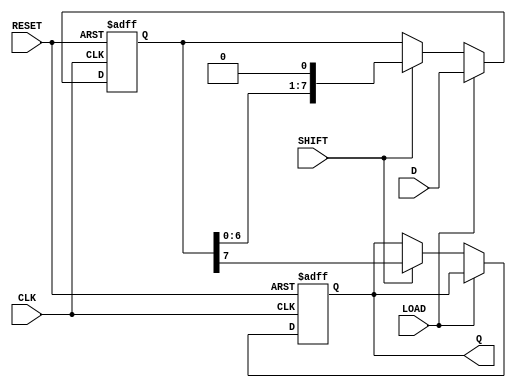
module PISO_Register #(
    parameter WIDTH = 8 // Parameter defining the width of the data input
)(
    input wire [WIDTH-1:0] D,    // Parallel input data bus
    input wire LOAD,              // Load control signal
    input wire SHIFT,             // Shift control signal
    input wire CLK,               // Clock signal
    input wire RESET,             // Asynchronous reset signal
    output reg Q                 // Serial output
);

    reg [WIDTH-1:0] shift_reg;    // Shift register array

    always @(posedge CLK or posedge RESET) begin
        if (RESET) begin
            // Reset the shift register and output
            shift_reg <= {WIDTH{1'b0}};
            Q <= 1'b0;
        end else begin
            if (LOAD) begin
                // Load data into shift register
                shift_reg <= D;
            end else if (SHIFT) begin
                // Shift operation
                Q <= shift_reg[WIDTH-1]; // Output the MSB
                shift_reg <= {shift_reg[WIDTH-2:0], 1'b0}; // Shift left
            end
            // If neither LOAD nor SHIFT are high, maintain previous state
        end
    end
endmodule